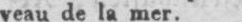
veau de la mer.